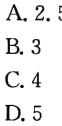
A. 2.5
B. 3
C. 4
D. 5